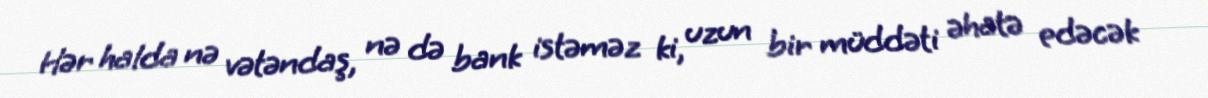
Hər halda nə vətəndaş, nə də bank istəməz ki, uzun bir müddəti əhatə edəcək